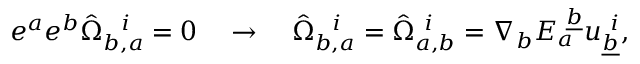
e ^ { a } e ^ { b } \hat { \Omega } _ { b , a } ^ { ~ ~ i } = 0 \quad \rightarrow \quad \hat { \Omega } _ { b , a } ^ { ~ ~ i } = \hat { \Omega } _ { a , b } ^ { ~ i } = { \nabla } _ { b } E _ { a } ^ { ~ \underline { { b } } } u _ { \underline { { b } } } ^ { ~ i } ,